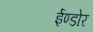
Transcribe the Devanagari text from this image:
ईण्डोर